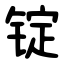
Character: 锭